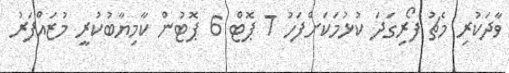
ވާދަކުރި މެޗު ފޯރިގަދަ ކުޅުމަކަށްފަހު 7 ޕޮޓް 6 ޕޮޓުން ކާމިޔާބުކުރީ މުޒައްފަރު